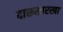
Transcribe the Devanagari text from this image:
दारूसारखा